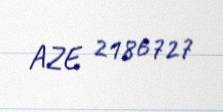
AZE 2186727